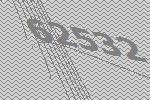
62532